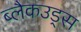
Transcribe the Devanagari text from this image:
ब्लैकउड्स